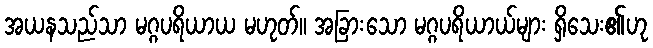
အယနသည်သာ မဂ္ဂပရိယာယ မဟုတ်။ အခြားသော မဂ္ဂပရိယာယ်များ ရှိသေး၏ဟု